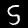
Label: 5